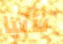
تأتيا